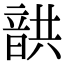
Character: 𩐠